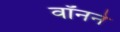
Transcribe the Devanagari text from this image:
वॉनने